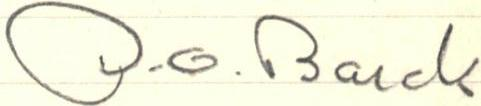
P.O. Barck